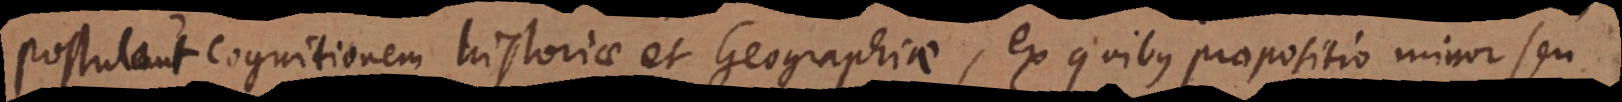
postulant cognitionem historiae et Geographiae, ex quibus propositio minor seu